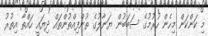
މި ކަންކަން މިހެން ހުރުމުގެ ސަބަބުން ޔަނާލުގެ ތުންފިއްތުންތައް ދިޔައީ ހައްތާ އިތުރު